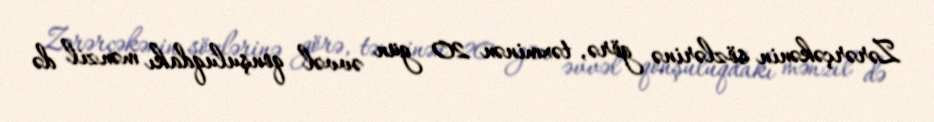
Zərərçəkənin sözlərinə görə, təxminən 20 gün əvvəl qonşuluqdakı mənzil də